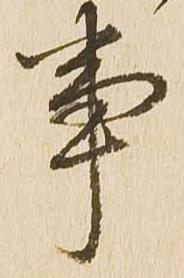
事